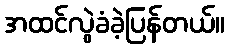
အထင်လွဲခံခဲ့ပြန်တယ်။